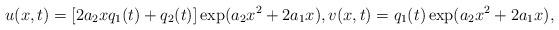
LaTeX: \begin{align*} u(x,t)=[2a_2xq_1(t)+q_2(t)]\exp(a_2x^2+2a_1x), v(x,t)=q_1(t)\exp(a_2x^2+2a_1x), \end{align*}